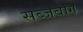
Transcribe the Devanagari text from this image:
सब्जबाग